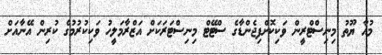
މުއާ ޔޫތު މިނިސްޓްރީން ވަކިކޮށްފިޖެންޑާގެ ސްޓޭޓް މިނިސްޓަރަކަށް އަޒްރާމަލީހު ވަކިކުރުމުގެ ކުރިން އޭނާއަށް